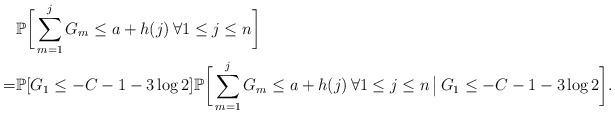
LaTeX: \begin{align*} &\mathbb{P} \bigg[ \sum_{m=1}^j G_m \le a + h(j) \, \forall 1 \le j \le n \bigg] \\ = &\mathbb{P} [ G_1 \le - C - 1 - 3 \log 2] \mathbb{P} \bigg[ \sum_{m=1}^j G_m \le a + h(j) \, \forall 1 \le j \le n \, \big \vert \, G_1 \le -C-1-3 \log 2 \bigg]. \end{align*}